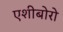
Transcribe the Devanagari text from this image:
एशीबोरो